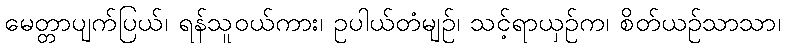
မေတ္တာပျက်ပြယ်၊ ရန်သူဝယ်ကား၊ ဥပါယ်တံမျဉ်၊ သင့်ရာယှဉ်က၊ စိတ်ယဉ်သာသာ၊